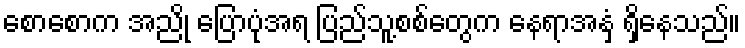
စောစောက အညို ပြောပုံအရ ပြည်သူ့စစ်တွေက နေရာအနှံ့ ရှိနေသည်။